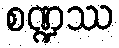
စဏ္ဍဿ